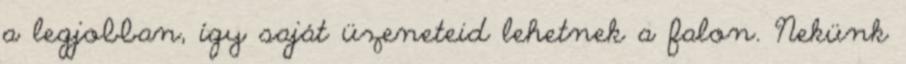
a legjobban, így saját üzeneteid lehetnek a falon. Nekünk